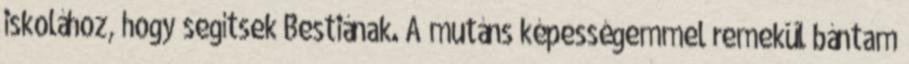
iskolához, hogy segítsek Bestiának. A mutáns képességemmel remekül bántam